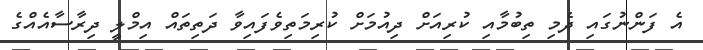
އެ ފަންނުގައި ދެމި ތިބުމާއި ކުރިއަށް ދިއުމަށް ކުރިމަތިވެފައިވާ ދަތިތައް އިމްލީ ދިރާސާއެއްގެ